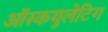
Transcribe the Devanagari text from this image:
ऑस्कयुलेटिग